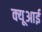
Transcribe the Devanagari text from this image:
क्यूआई